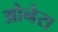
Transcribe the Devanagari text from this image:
ओनेरा